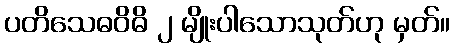
ပတိသေဓဝိဓိ ၂ မျိုးပါသောသုတ်ဟု မှတ်။